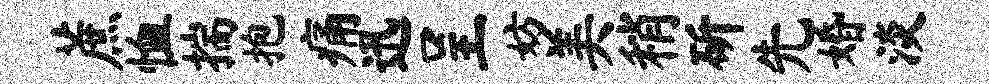
蔗恤揣抱痛迅呈妨美稍斫先婚淡